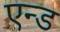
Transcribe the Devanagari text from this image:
एन्‍ड